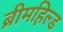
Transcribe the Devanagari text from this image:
ब्रीमहिल्ड